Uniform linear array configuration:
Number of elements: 24
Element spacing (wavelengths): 0.25
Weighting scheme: hamming
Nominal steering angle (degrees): -45
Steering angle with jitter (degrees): -45.751
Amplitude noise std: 0.05
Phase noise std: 0.05

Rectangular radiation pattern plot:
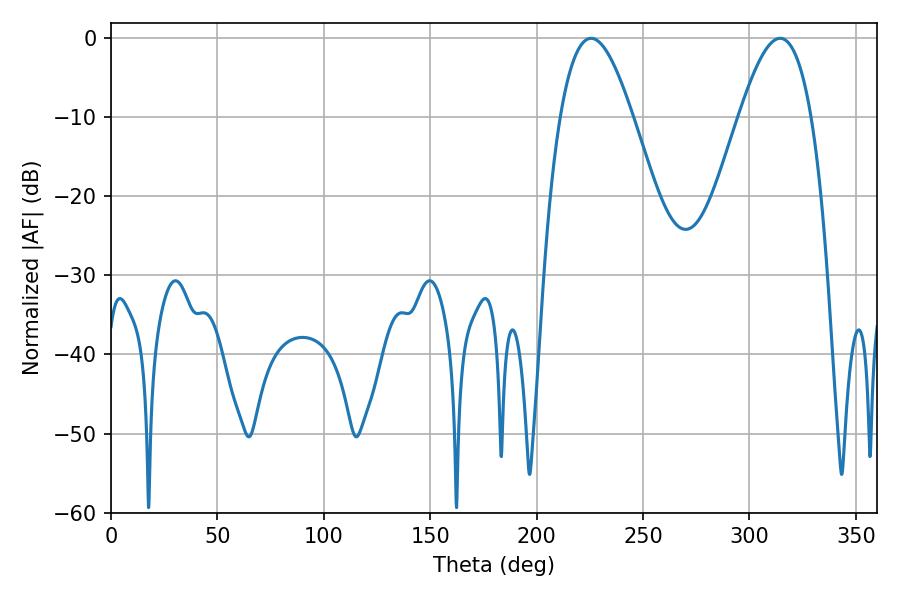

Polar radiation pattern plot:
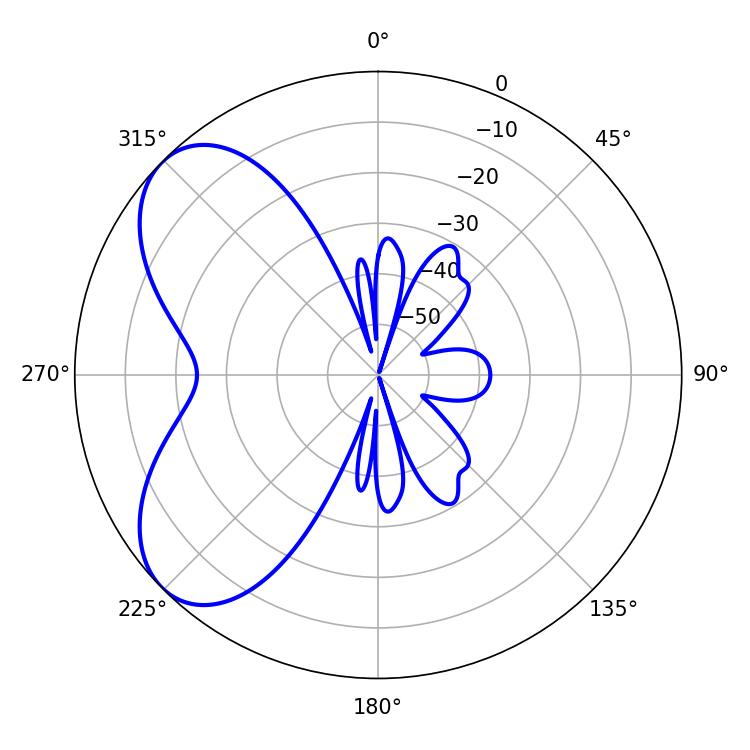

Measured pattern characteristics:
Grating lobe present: FALSE
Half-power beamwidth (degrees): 18.54
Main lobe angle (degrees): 225.54